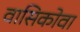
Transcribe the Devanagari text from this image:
वासिकोवा